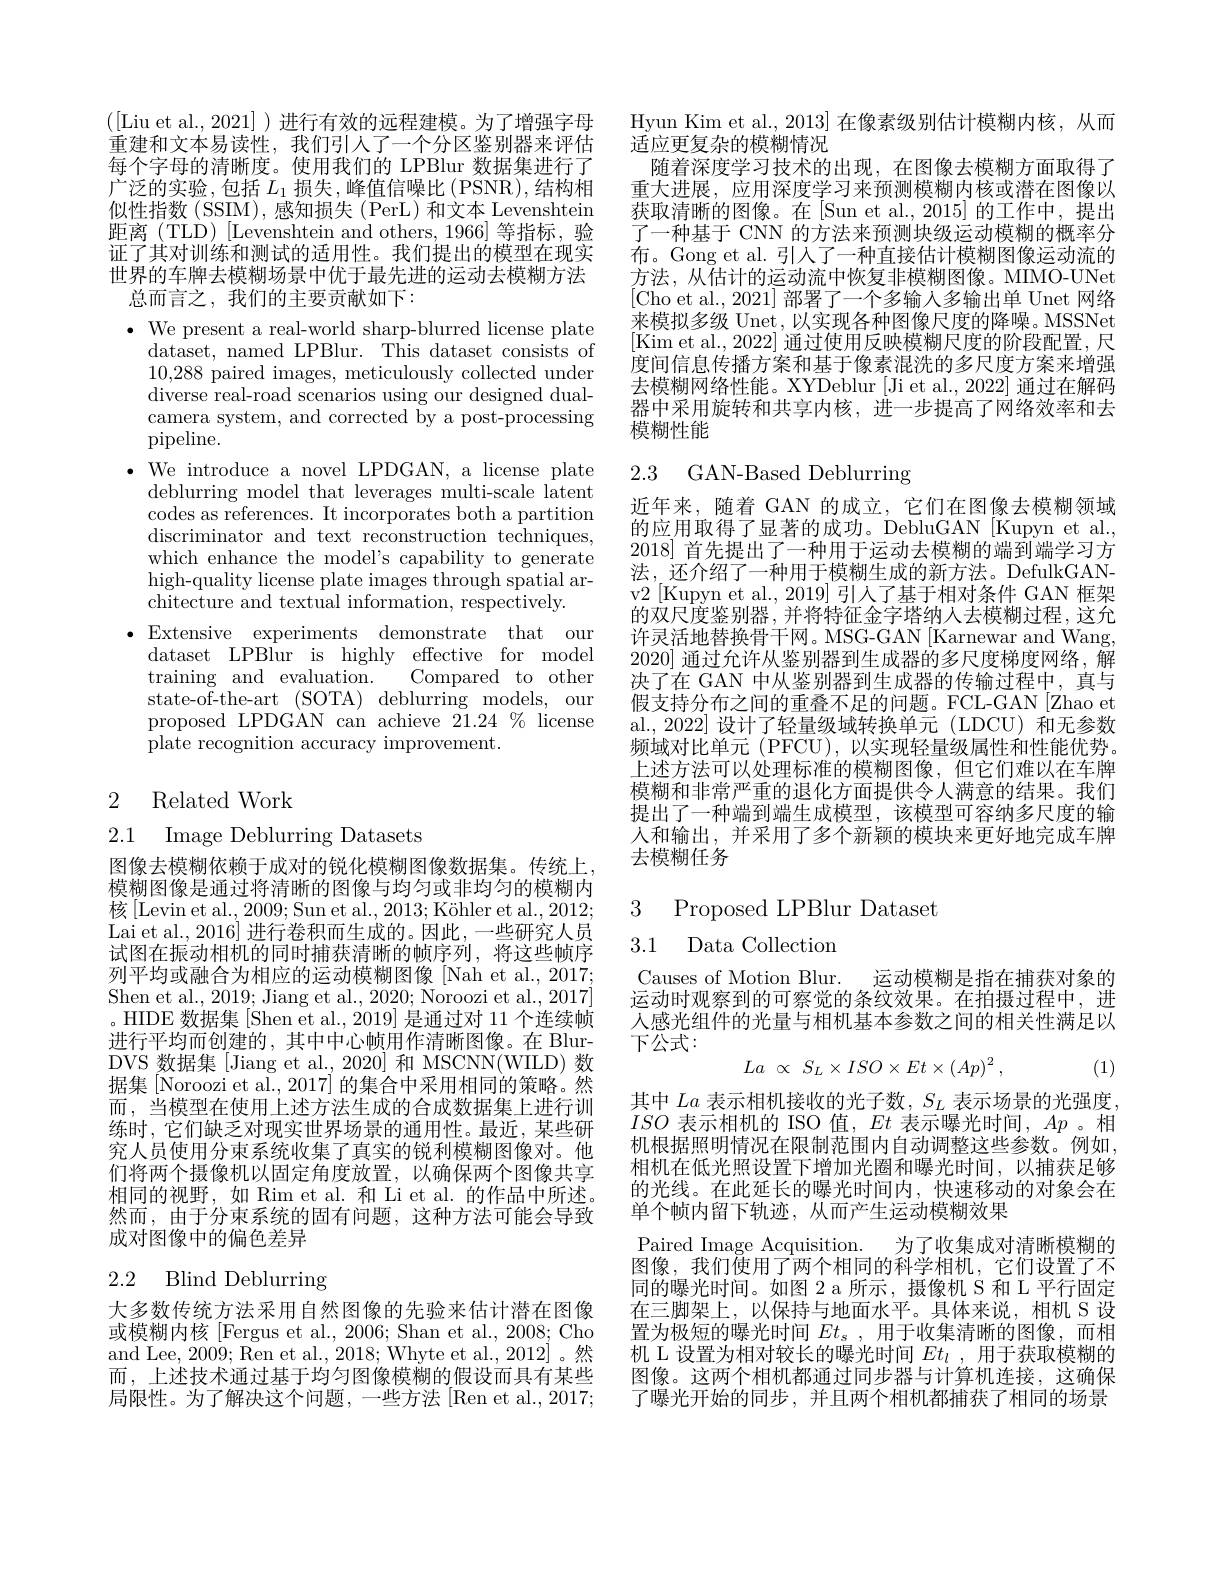
([Liu et al.,2021])进行有效的远程建模。为了增强字母重建和文本易读性，我们引人了一个分区鉴别器来评估每个字母的清晰度。使用我们的 LPBlur 数据集进行了广泛的实验，包括$L_1$损失，峰值信噪比(PSNR),结构相似性指数(SSIM),感知损失(PerL)和文本 Levenshtein 距离 (TLD) [Levenshtein and others, 1966] 等指标，验证了其对训练和测试的适用性。我们提出的模型在现实世界的车牌去模糊场景中优于最先进的运动去模糊方法总而言之，我们的主要贡献如下：

$\bullet$ We present a real-world sharp-blurred license plate
dataset, named LPBlur. This dataset consists of 10,288 paired images, meticulously collected under diverse real-road scenarios using our designed dualcamera system, and corrected by a post-processing pipeline.
$\bullet$ We introduce a novel LPDGAN, a license plate
deblurring model that leverages multi-scale latent codes as references. It incorporates both a partition discriminator and text reconstruction techniques, which enhance the model's capability to generate high-quality license plate images through spatial architecture and textual information, respectively.
$\bullet$Extensive experiments demonstrate that our
dataset LPBlur is highly effective for model
${\mathrm{training}}$ ${\mathrm{and}}$ ${\mathrm{evaluation}}.$
Compared to other
state-of-the-art (SOTA) deblurring models, our proposed LPDGAN can achieve $21.24\%$ license plate recognition accuracy improvement.

## 2 Related Work

2.1 Image Deblurring Datasets

图像去模糊依赖于成对的锐化模糊图像数据集。传统上， 模糊图像是通过将清晰的图像与均匀或非均匀的模糊内核[Levin et al., 2009; Sun et al., 2013; Köhler et al., 2012; Lai et al., 2016] 进行卷积而生成的。因此，一些研究人员试图在振动相机的同时捕获清晰的帧序列，将这些帧序列平均或融合为相应的运动模糊图像[Nah et al., 2017; Shen et al., 2019; Jiang et al., 2020; Noroozi et al., 2017] 。HIDE 数据集[Shen et al., 2019] 是通过对 11 个连续帧进行平均而创建的，其中中心帧用作清晰图像。在 BlurDVS 数据集[Jiang et al., 2020] 和 MSCNN(WILD) 数据集 [Noroozi et al., 2017] 的集合中采用相同的策略。然而，当模型在使用上述方法生成的合成数据集上进行训练时，它们缺乏对现实世界场景的通用性。最近，某些研究人员使用分束系统收集了真实的锐利模糊图像对。他们将两个摄像机以固定角度放置，以确保两个图像共享相同的视野，如 Rim et al. 和 Li et al. 的作品中所述。然而，由于分束系统的固有问题，这种方法可能会导致成对图像中的偏色差异

# 2.2 Blind Deblurring

大多数传统方法采用自然图像的先验来估计潜在图像或模糊内核 [Fergus et al., 2006; Shan et al., 2008; Cho and Lee, 2009; Ren et al., 2018; Whyte et al., 2012]。然而，上述技术通过基于均匀图像模糊的假设而具有某些局限性。为了解决这个问题，一些方法[Ren et al., 2017;

Hyun Kim et al., 2013] 在像素级别估计模糊内核，从而
适应更复杂的模糊情况
随着深度学习技术的出现，在图像去模糊方面取得了重大进展，应用深度学习来预测模糊内核或潜在图像以获取清晰的图像。在[Sun et al.,2015] 的工作中，提出了一种基于 CNN 的方法来预测块级运动模糊的概率分布。Gong et al. 引入了一种直接估计模糊图像运动流的方法，从估计的运动流中恢复非模糊图像。MIMO-UNet [Cho et al., 2021] 部署了一个多输入多输出单 Unet 网络来模拟多级 Unet, 以实现各种图像尺度的降噪。MSSNet [Kim et al., 2022] 通过使用反映模糊尺度的阶段配置，尺度间信息传播方案和基于像素混洗的多尺度方案来增强去模糊网络性能。XYDeblur [Ji et al., 2022] 通过在解码器中采用旋转和共享内核，进一步提高了网络效率和去模糊性能

2.3 GAN-Based Deblurring

近年来，随着 GAN 的成立，它们在图像去模糊领域的应用取得了显著的成功。DebluGAN[Kupyn et al. 2018]首先提出了一种用于运动去模糊的端到端学习方法，还介绍了一种用于模糊生成的新方法。DefulkGANv2 [Kupyn et al., 2019] 引入了基于相对条件 GAN 框架的双尺度鉴别器，并将特征金字塔纳人去模糊过程，这允许灵活地替换骨干网。MSG-GAN [Karnewar and Wang, 2020]通过允许从鉴别器到生成器的多尺度梯度网络，解决了在 GAN 中从鉴别器到生成器的传输过程中，真与假支持分布之间的重叠不足的问题。FCL-GAN[Zhao et al.,2022]设计了轻量级域转换单元(LDCU)和无参数频域对比单元 (PFCU), 以实现轻量级属性和性能优势。上述方法可以处理标准的模糊图像，但它们难以在车牌模糊和非常严重的退化方面提供令人满意的结果。我们提出了一种端到端生成模型，该模型可容纳多尺度的输人和输出，并采用了多个新颖的模块来更好地完成车牌去模糊任务

## 3 Proposed LPBlur Dataset 3.1 Data Collection

Causes of Motion Blur.
运动模糊是指在捕获对象的
运动时观察到的可察觉的条纹效果。在拍摄过程中，进人感光组件的光量与相机基本参数之间的相关性满足以下公式：
$$La\:\propto\:S_L\times ISO\times Et\times(Ap)^2\:,$$
(1)

其中$La$表示相机接收的光子数，$S_L$表示场景的光强度， $ISO$表示相机的 ISO 值，$Et$表示曝光时间，$Ap$。相机根据照明情况在限制范围内自动调整这些参数。例如， 相机在低光照设置下增加光圈和曝光时间，以捕获足够的光线。在此延长的曝光时间内，快速移动的对象会在单个帧内留下轨迹，从而产生运动模糊效果
Paired Image Acquisition. 为了收集成对清晰模糊的图像，我们使用了两个相同的科学相机，它们设置了不同的曝光时间。如图 2 a 所示，摄像机 S 和 L 平行固定在三脚架上，以保持与地面水平。具体来说，相机 S 设置为极短的曝光时间$Et_\mathrm{s}$ ,用于收集清晰的图像，而相机 L 设置为相对较长的曝光时间$Et_l$ ,用于获取模糊的图像。这两个相机都通过同步器与计算机连接，这确保了曝光开始的同步，并且两个相机都捕获了相同的场景